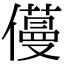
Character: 𠐎